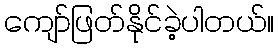
ကျော်ဖြတ်နိုင်ခဲ့ပါတယ်။